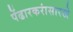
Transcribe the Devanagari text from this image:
पेंढारकरांसारखे